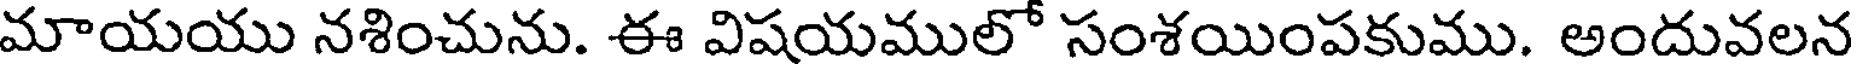
మాయయు నశించును. ఈ విషయములో సంశయింపకుము. అందువలన